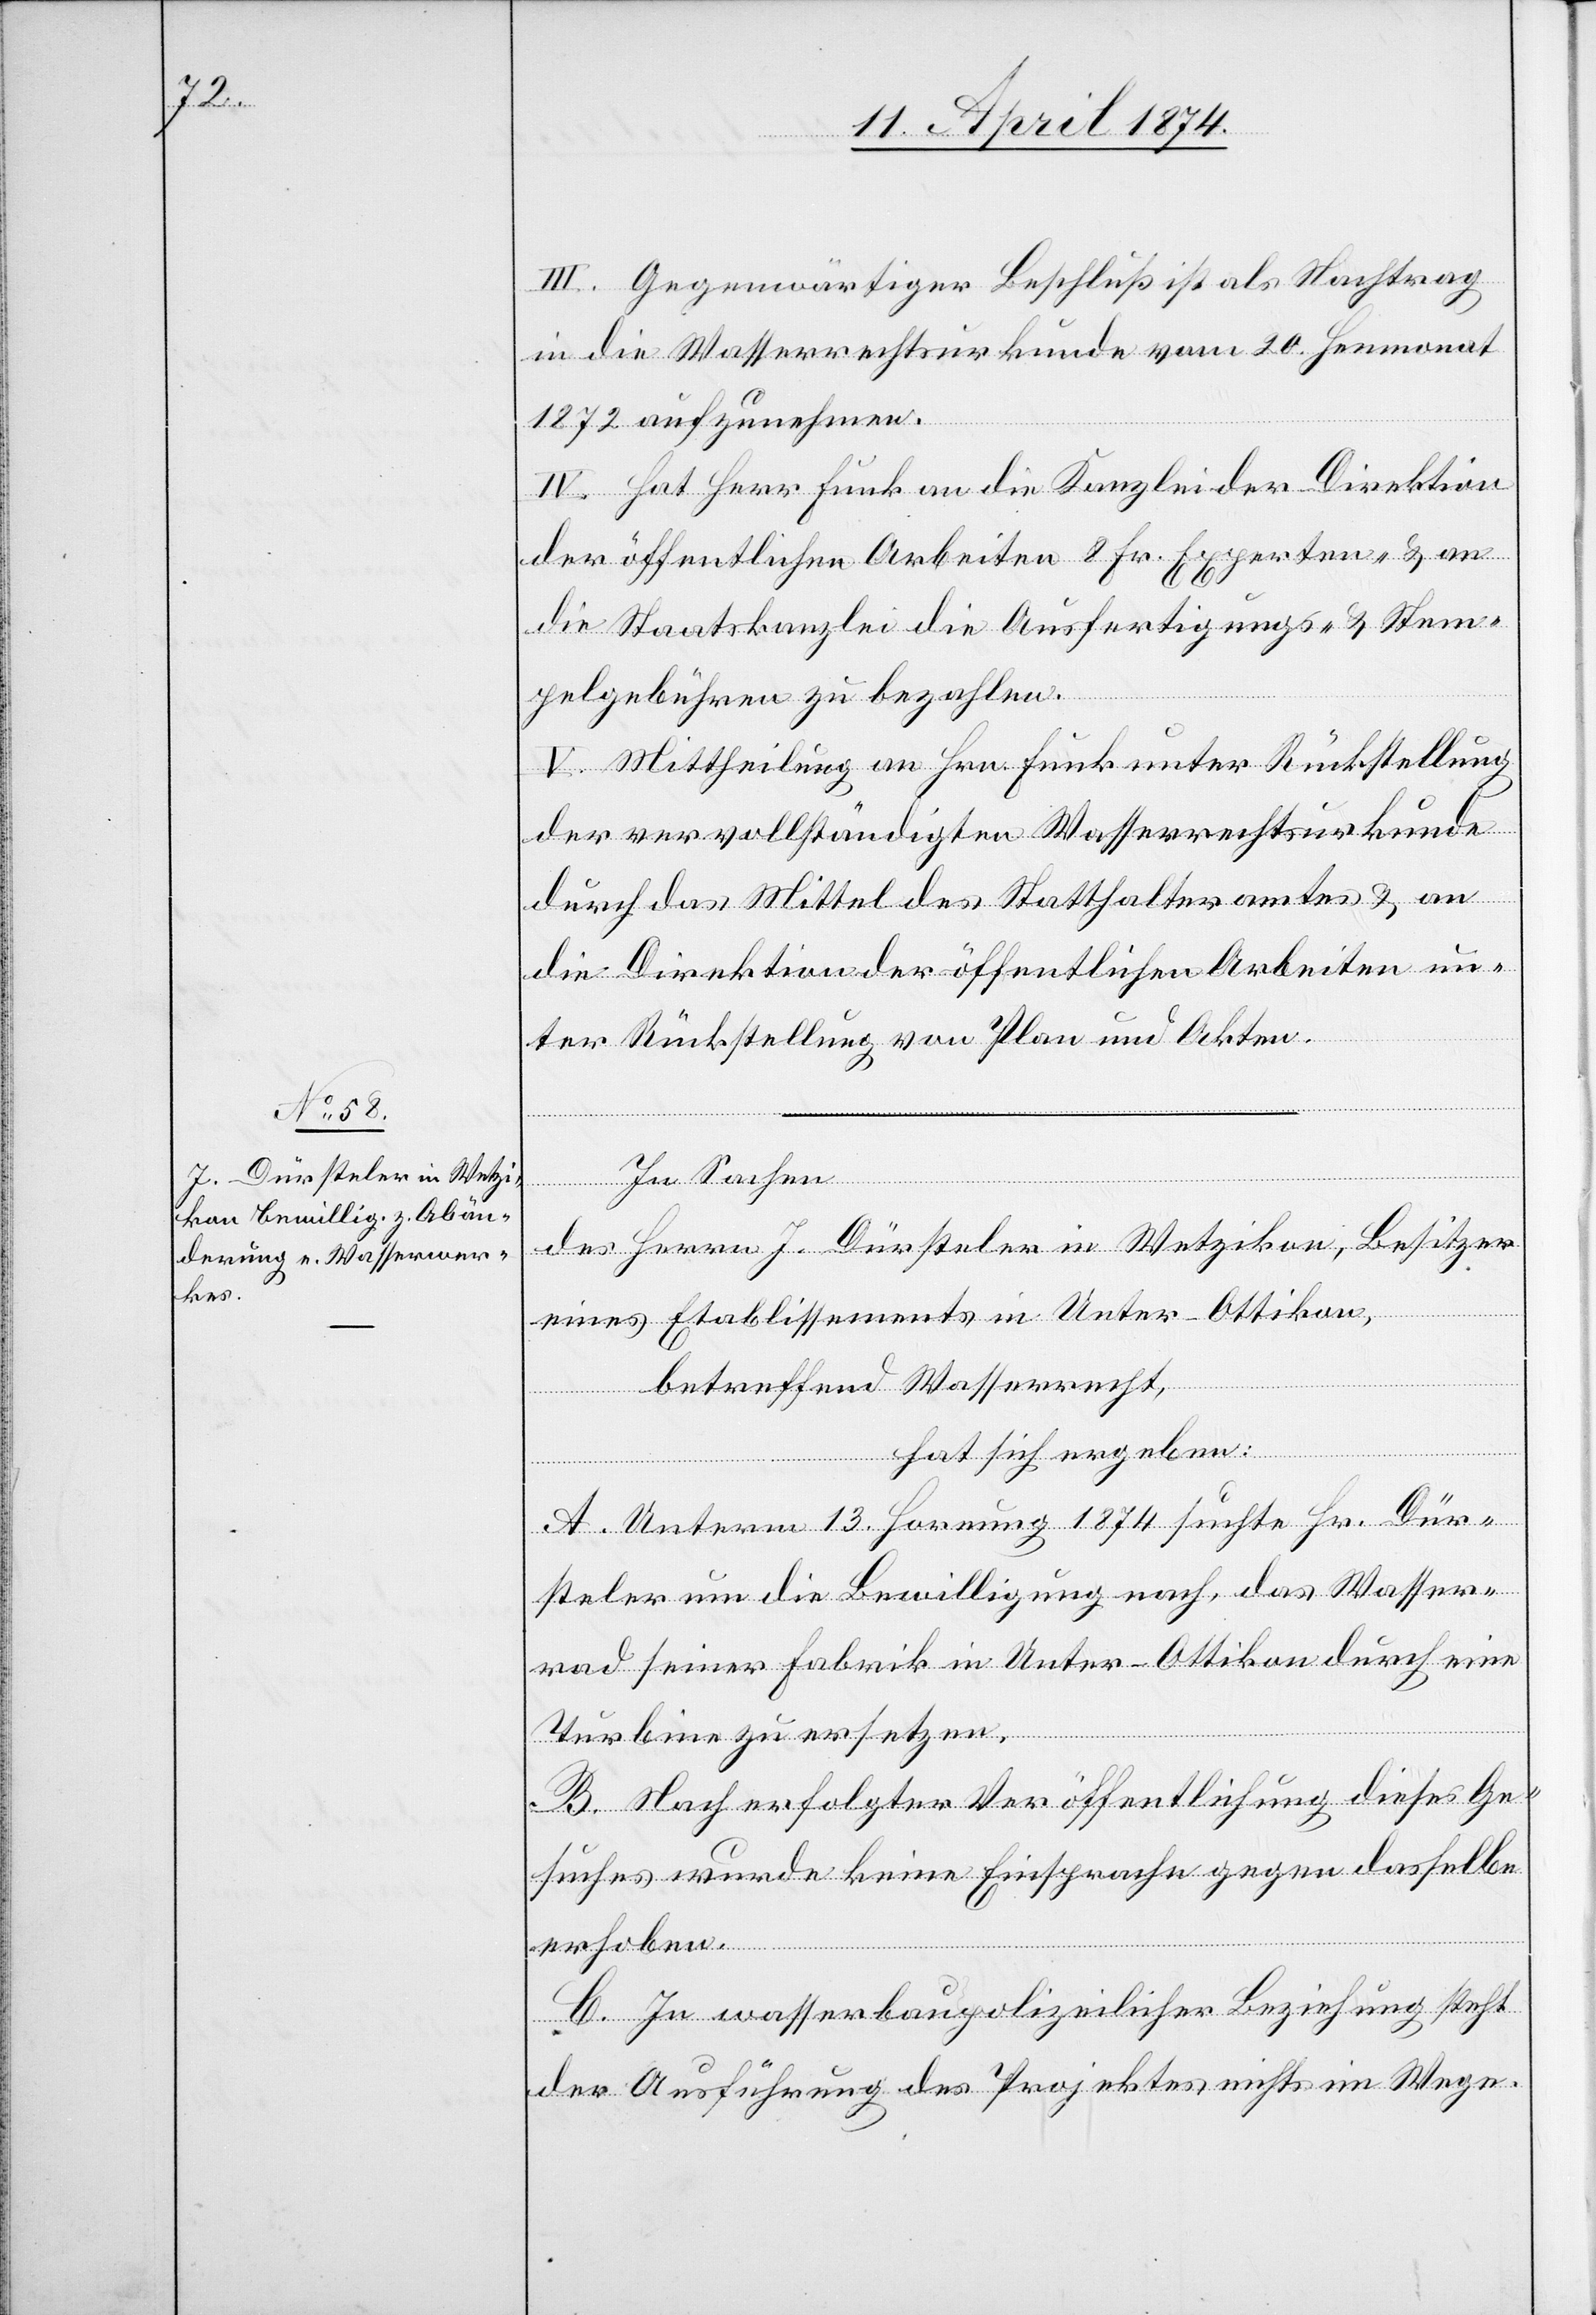
III. Gegenwärtiger Beschluß ist als Nachtrag
in die Wasserrechtsurkunde vom 20. Heumonat
1872 aufzunehmen.
IV. Hat Herr Funk an die Kanzlei der Direktion
der öffentlichen Arbeiten 8 Fr. Experten- u. an
die Staatskanzlei die Ausfertigungs- u. Stem¬
pelgebühren zu bezahlen.
V. Mittheilung an Hrn. Funk unter Rückstellung
der vervollständigten Wasserrechtsurkunde
durch das Mittel des Statthalteramtes u. an
die Direktion der öffentlichen Arbeiten un¬
ter Rückstellung von Plan und Akten.
In Sachen
des Herrn J. Dürsteler in Wetzikon, Besitzer
eines Etablissements in Unter-Ottikon,
betreffend Wasserrecht,
hat sich ergeben:
A. Unterm 13. Hornung 1874 suchte Hr. Dür¬
steler um die Bewilligung nach, das Wasser¬
rad seiner Fabrik in Unter-Ottikon durch eine
Turbine zu ersetzen.
B. Nach erfolgter Veröffentlichung dieses Ge¬
suches wurde keine Einsprache gegen dasselbe
erhoben.
C. In wasserbaupolizeilicher Beziehung steht
der Ausführung des Projektes nichts im Wege.